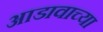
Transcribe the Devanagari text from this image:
आडावाच्या